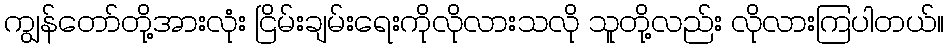
ကျွန်တော်တို့အားလုံး ငြိမ်းချမ်းရေးကိုလိုလားသလို သူတို့လည်း လိုလားကြပါတယ်။